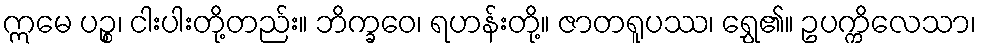
ဣမေ ပဉ္စ၊ ငါးပါးတို့တည်း။ ဘိက္ခဝေ၊ ရဟန်းတို့။ ဇာတရူပဿ၊ ရွှေ၏။ ဥပက္ကိလေသာ၊